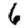
Digit: 6